画像に写った文字を読んでください
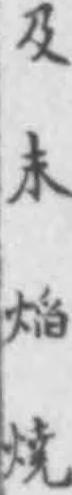
「及末㷔焼」と書いてあります